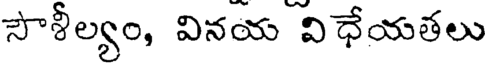
సౌశీల్యం, వినయ విధేయతలు